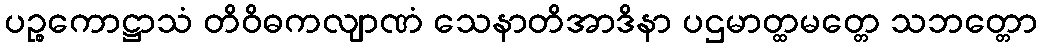
ပဉ္စကောဋ္ဌာသံ တိဝိဓကလျာဏံ သေနာတိအာဒိနာ ပဌမာတ္ထမတ္တေ သဘတ္တော